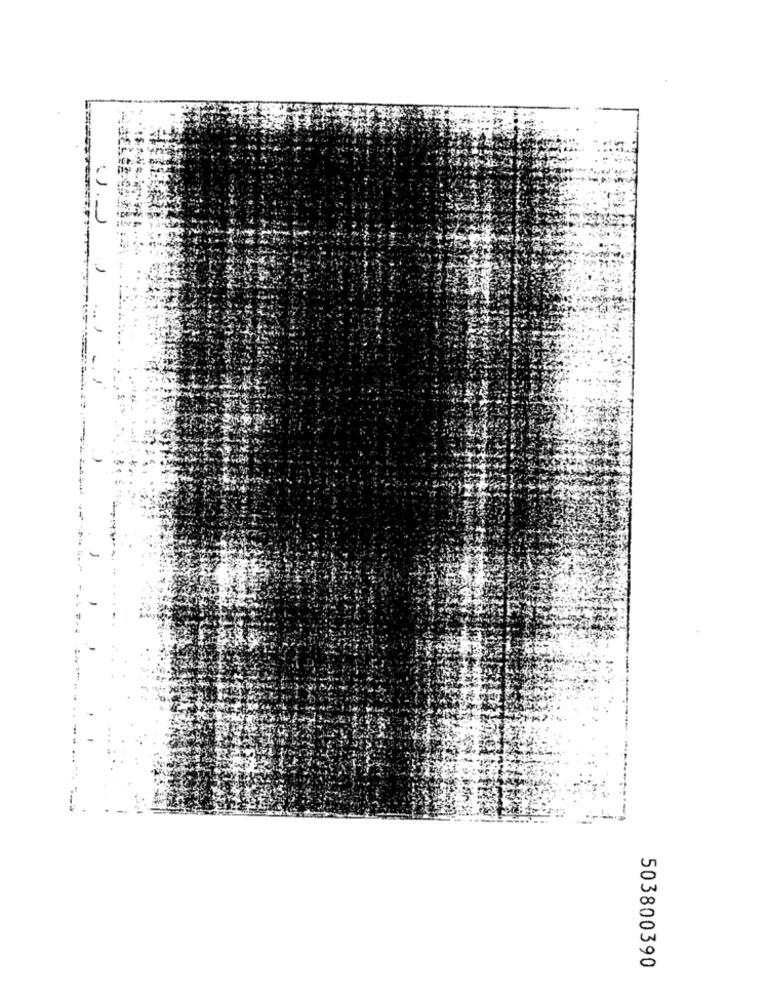
503800390